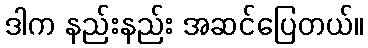
ဒါက နည်းနည်း အဆင်ပြေတယ်။